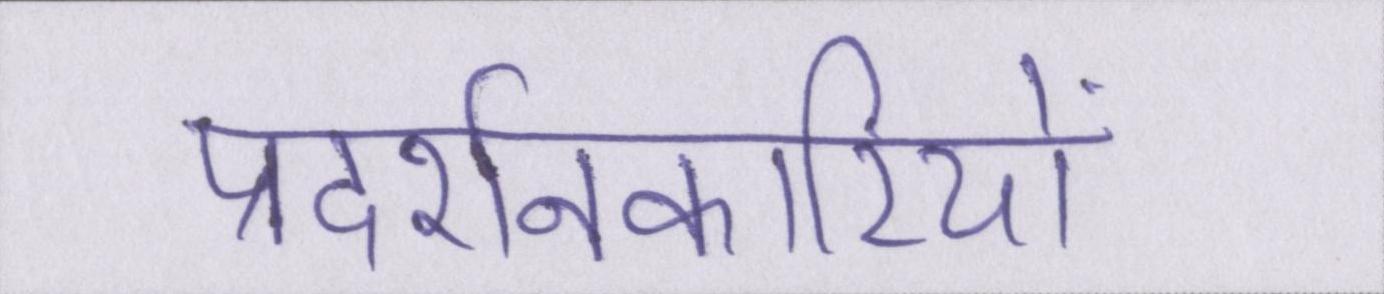
प्रदर्शनकारियों